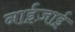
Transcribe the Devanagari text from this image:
नाईज़ाई